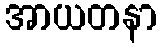
အာယတနာ